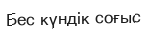
Бес күндік соғыс